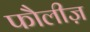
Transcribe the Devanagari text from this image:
फौलीज़